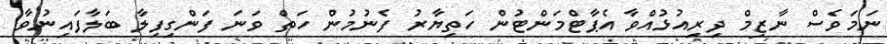
ނަމަވެސް ނާޒިމް ދިރިއުޅުއްވާ އެޕާޓްމަންޓުން ހަތިޔާރު ފެނުމުން ހަތް ވަނަ ފަންގިފިލާ ބަލާފައިނުވާ